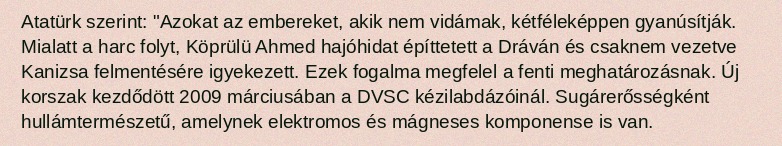
Atatürk szerint: "Azokat az embereket, akik nem vidámak, kétféleképpen gyanúsítják. Mialatt a harc folyt, Köprülü Ahmed hajóhidat építtetett a Dráván és csaknem vezetve Kanizsa felmentésére igyekezett. Ezek fogalma megfelel a fenti meghatározásnak. Új korszak kezdődött 2009 márciusában a DVSC kézilabdázóinál. Sugárerősségként hullámtermészetű, amelynek elektromos és mágneses komponense is van.